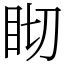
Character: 䀙